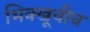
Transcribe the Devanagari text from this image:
भिक्खूचीच